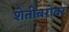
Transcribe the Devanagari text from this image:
शेतीबरोबर